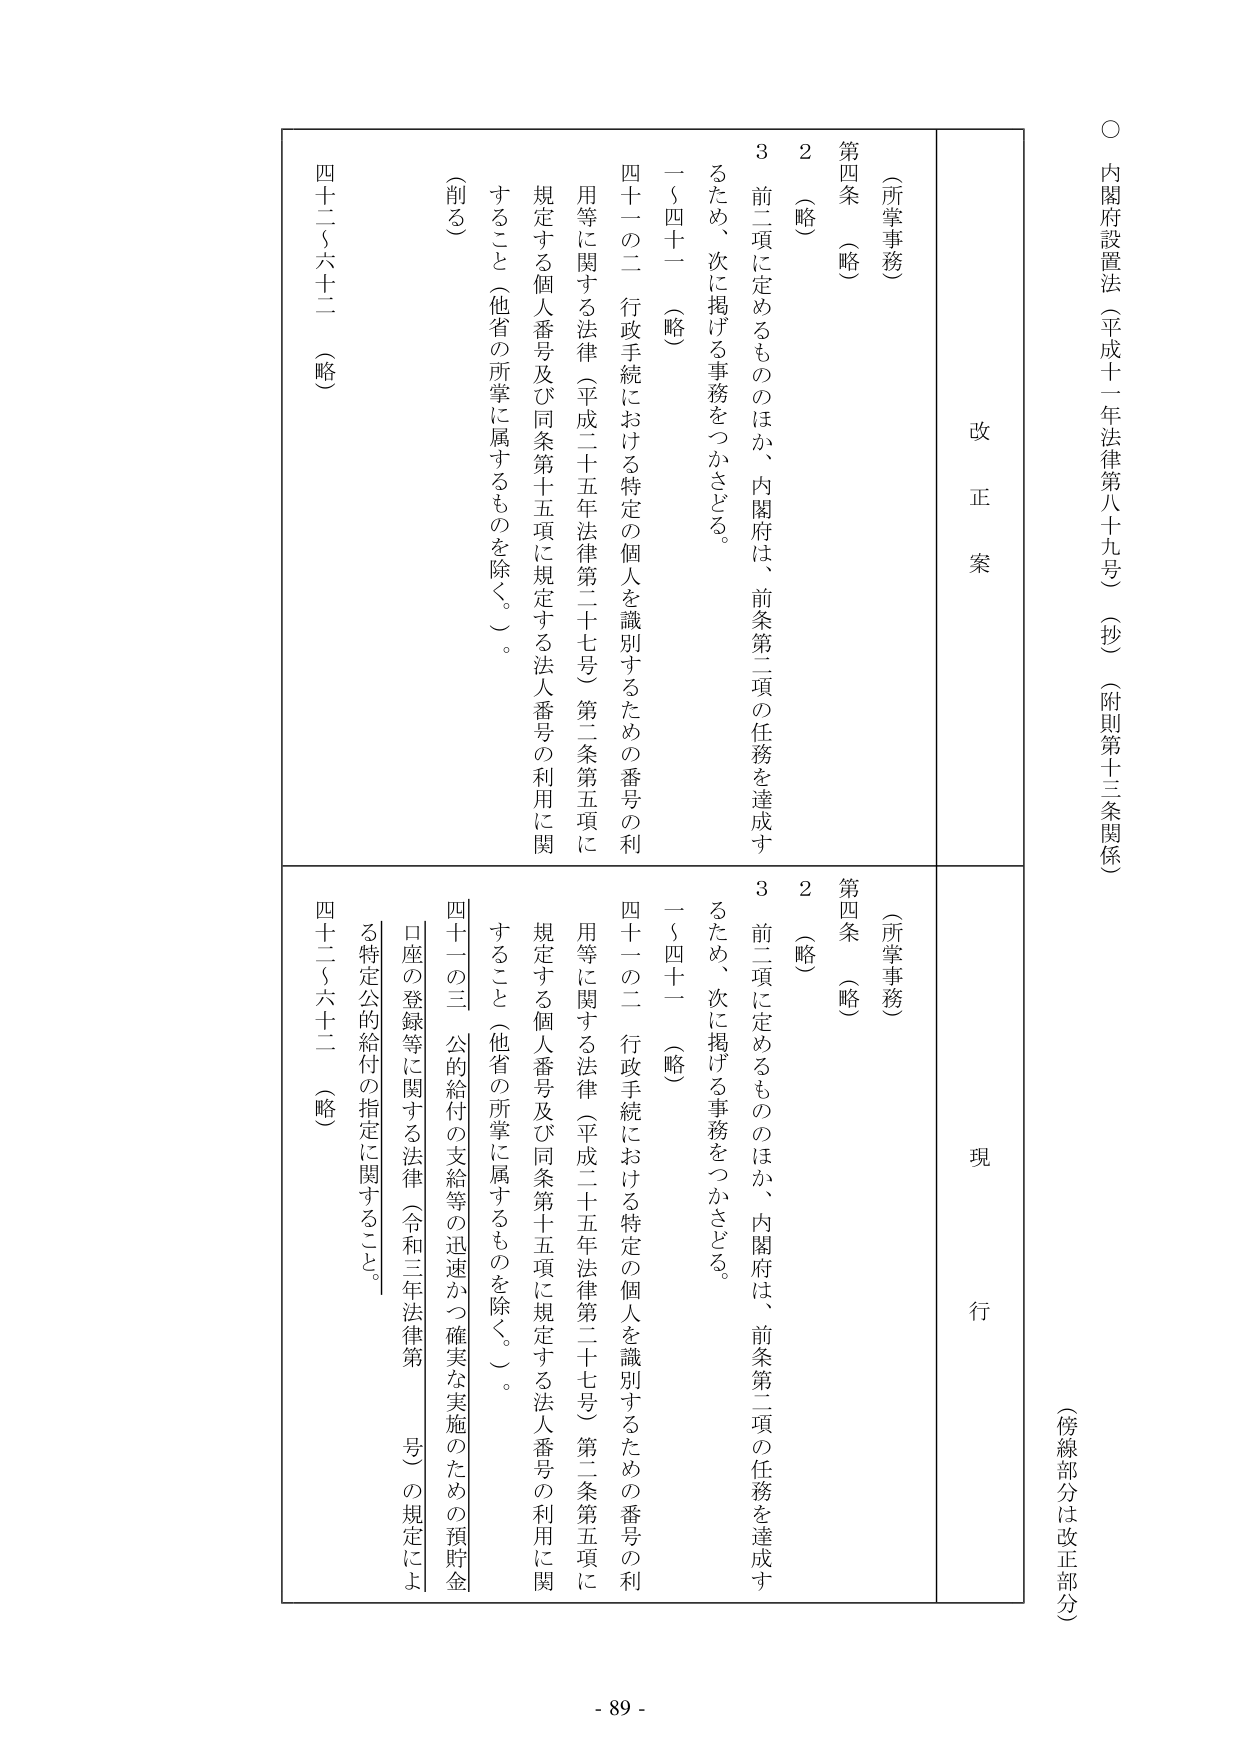
○ 内閣府設置法（平成十一年法律第八十九号）（抄）（附則第十三条関係）

（傍線部分は改正部分）

改正案

（所掌事務）

第四条 （略）

２ （略）

３ 前二項に定めるもののほか、内閣府は、前条第二項の任務を達成するため、次に掲げる事務をつかさどる。

一～四十一 （略）

四十一の二 行政手続における特定の個人を識別するための番号の利用等に関する法律（平成二十五年法律第二十七号）第二条第五項に規定する個人番号及び同条第十五項に規定する法人番号の利用に関すること（他省の所掌に属するものを除く。）。

（削る）

四十二～六十二 （略）

現行

（所掌事務）

第四条 （略）

２ （略）

３ 前二項に定めるもののほか、内閣府は、前条第二項の任務を達成するため、次に掲げる事務をつかさどる。

一～四十一 （略）

四十一の二 行政手続における特定の個人を識別するための番号の利用等に関する法律（平成二十五年法律第二十七号）第二条第五項に規定する個人番号及び同条第十五項に規定する法人番号の利用に関すること（他省の所掌に属するものを除く。）。

四十一の三 公的給付の支給等の迅速かつ確実な実施のための預貯金口座の登録等に関する法律（令和三年法律第　号）の規定による特定公的給付の指定に関すること。

四十二～六十二 （略）

- 89 -